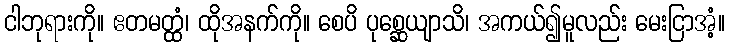
ငါဘုရားကို။ ဧတမတ္ထံ၊ ထိုအနက်ကို။ စေပိ ပုစ္ဆေယျာသိ၊ အကယ်၍မူလည်း မေးငြာအံ့။